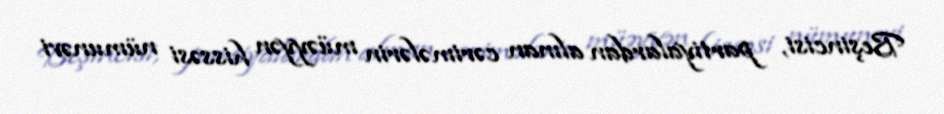
Beşincisi, partiyalardan alınan cərimələrin müəyyən hissəsi nümunəvi